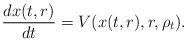
LaTeX: \begin{align*}\frac{d x(t,r)}{dt}=V(x(t,r),r,\rho_t).\end{align*}